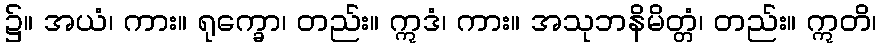
၌။ အယံ၊ ကား။ ရုက္ခော၊ တည်း။ ဣဒံ၊ ကား။ အသုဘနိမိတ္တံ၊ တည်း။ ဣတိ၊